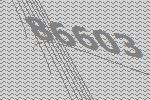
86603